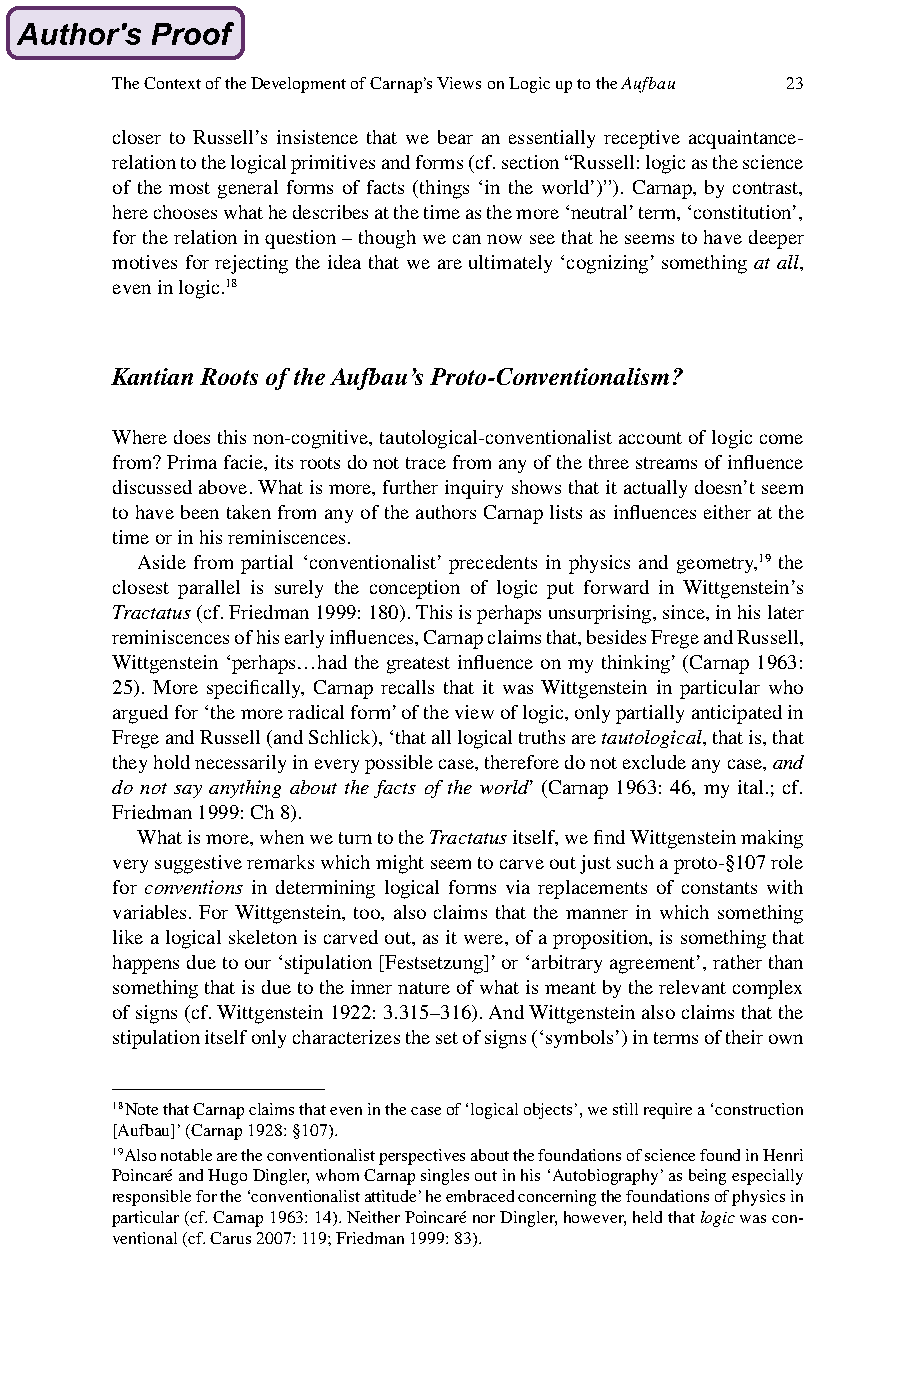
The Context of the Development of Carnap’s Views on Logic up to the Aufbau 23
 closer to Russell’s insistence that we bear an essentially receptive acquaintance-
 relation to the logical primitives and forms (cf. section “Russell: logic as the science
 of the most general forms of facts (things ‘in the world’)”). Carnap, by contrast,
 here chooses what he describes at the time as the more ‘neutral’ term, ‘constitution’,
 for the relation in question – though we can now see that he seems to have deeper
 motives for rejecting the idea that we are ultimately ‘cognizing’ something at all,
 even in logic.18
 Kantian Roots of the Aufbau’s Proto-Conventionalism?
 Where does this non-cognitive, tautological-conventionalist account of logic come
 from? Prima facie, its roots do not trace from any of the three streams of influence
 discussed above. What is more, further inquiry shows that it actually doesn’t seem
 to have been taken from any of the authors Carnap lists as influences either at the
 time or in his reminiscences.
 Aside from partial ‘conventionalist’ precedents in physics and geometry,19 the
 closest parallel is surely the conception of logic put forward in Wittgenstein’s
 Tractatus (cf. Friedman 1999: 180). This is perhaps unsurprising, since, in his later
 reminiscences of his early influences, Carnap claims that, besides Frege and Russell,
 Wittgenstein ‘perhaps…had the greatest influence on my thinking’ (Carnap 1963:
 25). More specifically, Carnap recalls that it was Wittgenstein in particular who
 argued for ‘the more radical form’ of the view of logic, only partially anticipated in
 Frege and Russell (and Schlick), ‘that all logical truths are tautological, that is, that
 they hold necessarily in every possible case, therefore do not exclude any case, and
 do not say anything about the facts of the world’ (Carnap 1963: 46, my ital.; cf.
 Friedman 1999: Ch 8).
 What is more, when we turn to the Tractatus itself, we find Wittgenstein making
 very suggestive remarks which might seem to carve out just such a proto-§107 role
 for conventions in determining logical forms via replacements of constants with
 variables. For Wittgenstein, too, also claims that the manner in which something
 like a logical skeleton is carved out, as it were, of a proposition, is something that
 happens due to our ‘stipulation [Festsetzung]’ or ‘arbitrary agreement’, rather than
 something that is due to the inner nature of what is meant by the relevant complex
 of signs (cf. Wittgenstein 1922: 3.315–316). And Wittgenstein also claims that the
 stipulation itself only characterizes the set of signs (‘symbols’) in terms of their own
 18 Note that Carnap claims that even in the case of ‘logical objects’, we still require a ‘construction
 [Aufbau]’ (Carnap 1928: §107).
 19 Also notable are the conventionalist perspectives about the foundations of science found in Henri
 Poincaré and Hugo Dingler, whom Carnap singles out in his ‘Autobiography’ as being especially
 responsible for the ‘conventionalist attitude’ he embraced concerning the foundations of physics in
 particular (cf. Carnap 1963: 14). Neither Poincaré nor Dingler, however, held that logic was con-
 ventional (cf. Carus 2007: 119; Friedman 1999: 83).